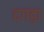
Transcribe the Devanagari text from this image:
दगड़ा